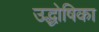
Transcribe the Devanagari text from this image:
उद्धोषिका